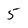
Character: 5